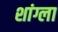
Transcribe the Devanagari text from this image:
शांग्ला